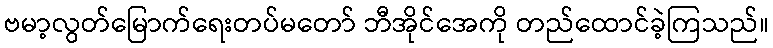
ဗမာ့လွတ်မြောက်ရေးတပ်မတော် ဘီအိုင်အေကို တည်ထောင်ခဲ့ကြသည်။